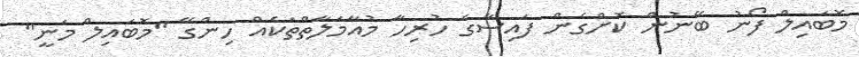
މޮބައިލް ފޯނު ބޭނުން ކޮށްގެން ފައިސާގެ ހުރިހާ މުއާމަލާތްތަކެއް ހިންގޭ "މޮބައިލް މަނީ"